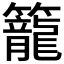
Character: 籠